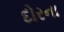
દોરના